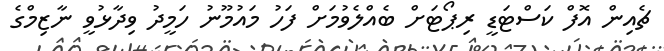
ޗެއިން އޮފް ކަސްޓަޑީ ރިޕޯޓަށް ބެއްލެވުމަށް ފަހު މައުމޫނު ހަމީދު ވިދާޅުވީ ނާޒިމްގެ